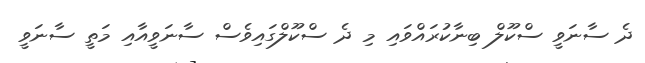
ދެ ސާނަވީ ސްކޫލް ބިނާކުރައްވައި މި ދެ ސްކޫލްގައިވެސް ސާނަވީއާއި މަތީ ސާނަވީ